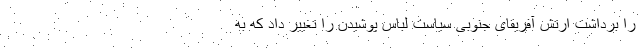
را برداشت ارتش آفریقای جنوبی سیاست لباس پوشیدن را تغییر داد که به